Lunatic asylums in Bengal annual reports 1888-1898 - 1888-1898
Year: 1888
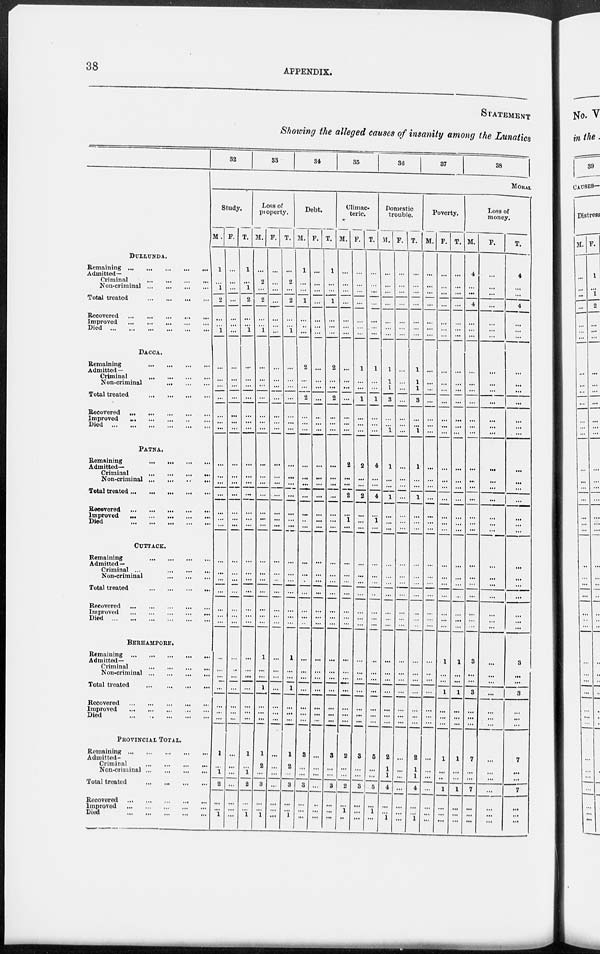
38
APPENDIX.
STATEMENT
Showing the alleged causes of insanity among the Lunatics
DULLUNDA.
Remaining
Admitted—
Criminal
Non-criminal
Total treated
Recovered
Improved
...
Died
DACCA.
Remaining
Admitted—
Criminal
...
Non-criminal
Total treated
Recovered
Improved
Died
PATNA.
Remaining
...
...
Admitted—
Criminal
Non-criminal
Total treated
Recovered
Improved
Died
CUTTACK.
Remaining
Admitted—
Criminal ...
Non-criminal
Total treated
Recovered ...
...
Improved
Died
BERHAMPORE.
Remaining
Admitted—
Criminal
Non-criminal
Total treated
Recovered
Improved
Died
PROVINCIAL TOTAL.
Remaining
Admitted—
Criminal
Non-criminal
Total treated
Recovered
Improved
Died
32
33
34
35
36
37
38
MORAL
Study.
M.
1
...
1
2
...
...
1
...
...
...
...
...
...
...
...
...
...
...
...
...
...
...
...
...
...
...
...
...
...
...
...
...
...
...
...
1
...
1
2
...
...
1
F.
...
...
...
...
...
...
...
...
...
...
...
...
...
...
...
...
...
...
...
...
...
...
...
...
...
...
...
...
...
...
...
...
...
...
...
...
...
...
...
...
...
...
T.
1
...
1
2
...
...
1
...
...
...
...
...
...
...
...
...
...
...
...
...
...
...
...
...
...
...
...
...
...
...
...
...
...
...
...
1
...
1
2
...
...
1
Loss of
property.
M.
...
2
...
2
...
...
1
...
...
...
...
...
...
...
...
...
...
...
...
...
...
...
...
...
...
...
...
...
1
...
...
1
...
...
...
1
2
...
3
...
...
1
F.
...
...
...
...
...
...
...
...
...
...
...
...
...
...
...
...
...
...
...
...
...
...
...
...
...
...
...
...
...
...
...
...
...
...
...
...
...
...
...
...
...
...
T.
...
2
...
2
...
...
1
...
...
...
...
...
...
...
...
...
...
...
...
...
...
...
...
...
...
...
...
...
1
...
...
1
...
...
...
1
2
...
3
...
...
1
Debt.
M.
1
...
...
1
...
...
...
2
...
...
2
...
...
...
...
...
...
...
...
...
...
...
...
...
...
...
...
...
...
...
...
...
...
...
...
8
...
...
3
...
...
...
F.
...
...
...
...
...
...
...
...
...
...
...
...
...
...
...
...
...
...
...
...
...
...
...
...
...
...
...
...
...
...
...
...
...
...
...
...
...
...
...
...
...
...
T.
1
...
...
l
...
...
...
2
...
...
2
...
...
...
...
...
...
...
...
...
...
...
...
...
...
...
...
...
...
...
...
...
...
...
...
3
...
...
3
...
...
...
Climac-
teric.
M.
...
...
...
...
...
...
...
...
...
...
...
...
...
...
2
...
...
2
...
1
...
...
...
...
...
...
...
...
...
...
...
...
...
...
...
2
...
...
2
...
1
...
F.
...
...
...
...
...
...
...
1
...
...
1
...
...
...
2
...
...
2
...
...
...
...
...
...
...
...
...
...
...
...
...
...
...
...
...
3
...
...
3
...
...
...
T.
...
...
...
...
...
...
...
1
...
...
1
...
...
...
4
...
...
4
...
1
...
...
...
...
...
...
...
...
...
...
...
...
...
...
...
5
...
...
5
...
1
...
Domestic
trouble.
M.
...
...
...
...
...
...
...
1
1
1
3
...
...
1
1
...
...
1
...
...
...
...
...
...
...
...
...
...
...
...
...
...
...
...
...
2
1
1
4
...
...
1
F.
...
...
...
...
...
...
...
...
...
...
...
...
...
...
...
...
...
...
...
...
...
...
...
...
...
...
...
...
...
...
...
...
...
...
...
...
...
...
...
...
...
...
T.
...
...
...
...
...
...
...
1
1
1
3
...
...
1
1
...
...
1
...
...
...
...
...
...
...
...
...
...
...
...
...
...
...
...
...
2
1
1 4
...
...
1
Poverty.
M.
...
...
...
...
...
...
...
...
...
...
...
...
...
...
...
...
...
...
...
...
...
...
...
...
...
...
...
...
...
...
...
...
...
...
...
...
...
...
...
...
...
...
F.
...
...
...
...
...
...
...
...
...
...
...
...
...
...
...
...
...
...
...
...
...
...
...
...
...
...
...
...
1
...
...
1
...
...
...
1
...
...
1
...
...
...
T.
...
...
...
...
...
...
...
...
...
...
...
...
...
...
...
...
...
...
...
...
...
...
...
...
...
...
...
...
1
...
...
1
...
...
...
1
...
...
1
...
...
...
Loss of
money.
M.
4
...
...
4
...
...
...
...
...
...
...
...
...
...
...
...
...
...
...
...
...
...
...
...
...
...
...
...
3
...
...
3
...
...
...
7
...
...
7
...
...
...
F.
...
...
...
...
...
...
...
...
...
...
...
...
...
...
...
...
...
...
...
...
...
...
...
...
...
...
...
...
...
...
...
...
...
...
...
...
...
...
...
...
...
...
T.
4
...
...
4
...
...
...
...
...
...
...
...
...
...
...
...
...
...
...
...
...
...
...
...
...
...
...
...
3
...
...
3
...
...
...
7
...
...
7
...
...
...